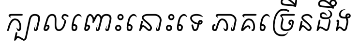
ក្បាលពោះនោះទេ ភាគច្រើនដឹង